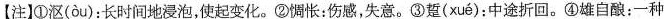
【注]①沤(ou)：长时间地浸泡，使起变化。②惆怅：伤感，失意。③踅( xue )：中途折回。④雄自酿；一种